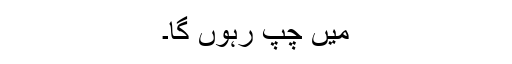
میں چپ رہوں گا۔